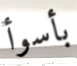
بأسوأ